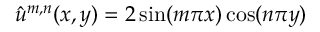
\hat { u } ^ { m , n } ( x , y ) = 2 \sin ( m \pi x ) \cos ( n \pi y )